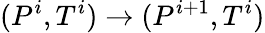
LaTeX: (P^{i},T^{i})\rightarrow(P^{i+1},T^{i})